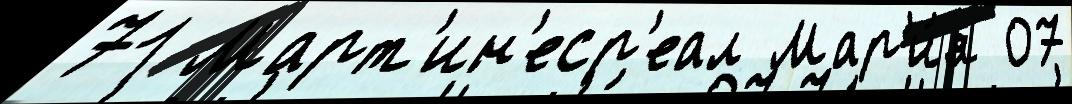
71 Март'ин'еср'еал Мар'и́я 07